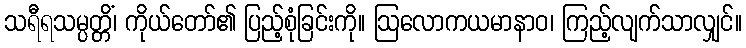
သရီရသမ္ပတ္တိံ၊ ကိုယ်တော်၏ ပြည့်စုံခြင်းကို။ ဩလောကယမာနာဝ၊ ကြည့်လျက်သာလျှင်။